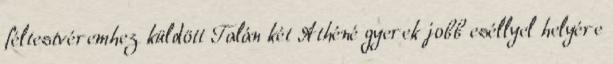
féltestvéremhez küldött Talán két Athéné gyerek jobb eséllyel helyére